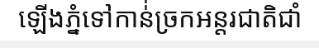
ឡើងភ្នំទៅកាន់់ច្រកអន្តរជាតិជាំ